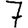
Digit: 7